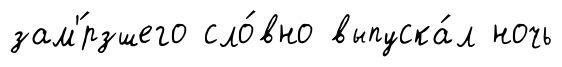
зам'́рзшего сло́вно выпуска́л ночь